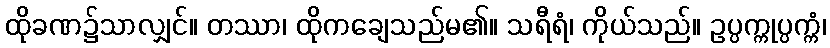
ထိုခဏ၌သာလျှင်။ တဿာ၊ ထိုကချေသည်မ၏။ သရီရံ၊ ကိုယ်သည်။ ဥပ္ပက္ကုပ္ပက္ကံ၊